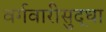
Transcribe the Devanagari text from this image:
वर्गवारीसुद्धा